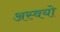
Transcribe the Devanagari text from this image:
अस्वयो